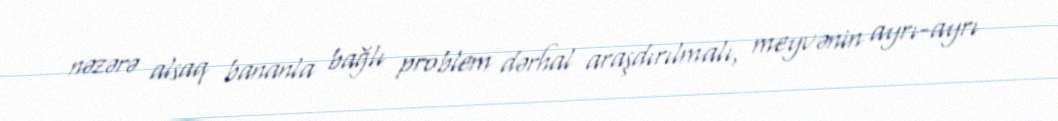
nəzərə alsaq bananla bağlı problem dərhal araşdırılmalı, meyvənin ayrı-ayrı